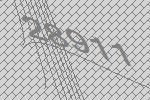
28911